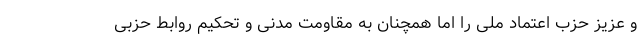
و عزیز حزب اعتماد ملی را اما همچنان به مقاومت مدنی و تحکیم روابط حزبی